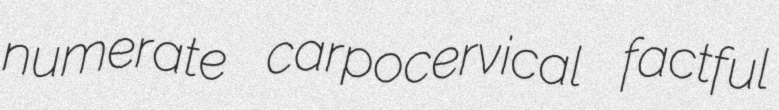
numerate carpocervical factful